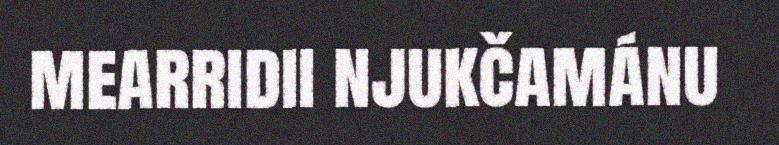
mearridii njukčamánu